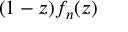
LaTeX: ( 1 - z ) f _ { n } ( z )